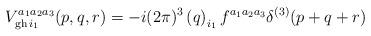
LaTeX: \begin{align*}V_{\mathrm{gh\thinspace }i _1}^{a_1a_2a_3}(p,q,r)=-i(2\pi )^3\left(q\right) _{i_1}f^{a_1a_2a_3}\delta ^{(3)}(p+q+r) \end{align*}